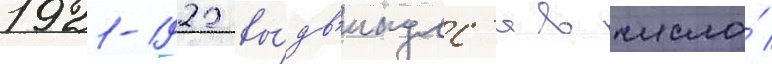
1921-1922 вы́дв'инулс'я в число́